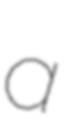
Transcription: a